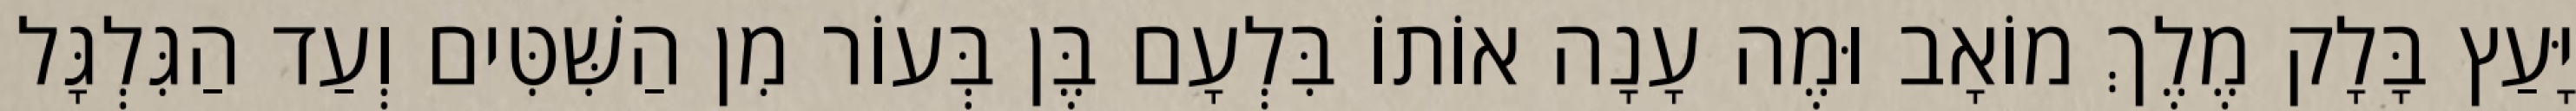
יָּעַץ בָּלָק מֶלֶךְ מוֹאָב וּמֶה עָנָה אוֹתוֹ בִּלְעָם בֶּן בְּעוֹר מִן הַשִּׁטִּים וְעַד הַגִּלְגָּל